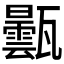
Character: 𤮦